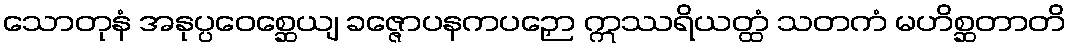
သောတုနံ အနုပ္ပဝေစ္ဆေယျ ခဇ္ဇောပနကပဉှော ဣဿရိယတ္ထံ သတကံ မဟိစ္ဆတာတိ